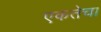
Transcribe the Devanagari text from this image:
एकतेचा